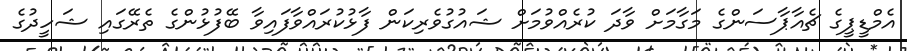
އެމްޑީޕީގެ ޗެއާޕާސަންގެ މަގާމަށް ވާދަ ކުރެއްވުމަށް ޝައުގުވެރިކަން ފާޅުކުރައްވާފައިވާ ބޭފުޅުންގެ ތެރޭގައި ޝަހީދުގެ